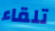
تلقاء